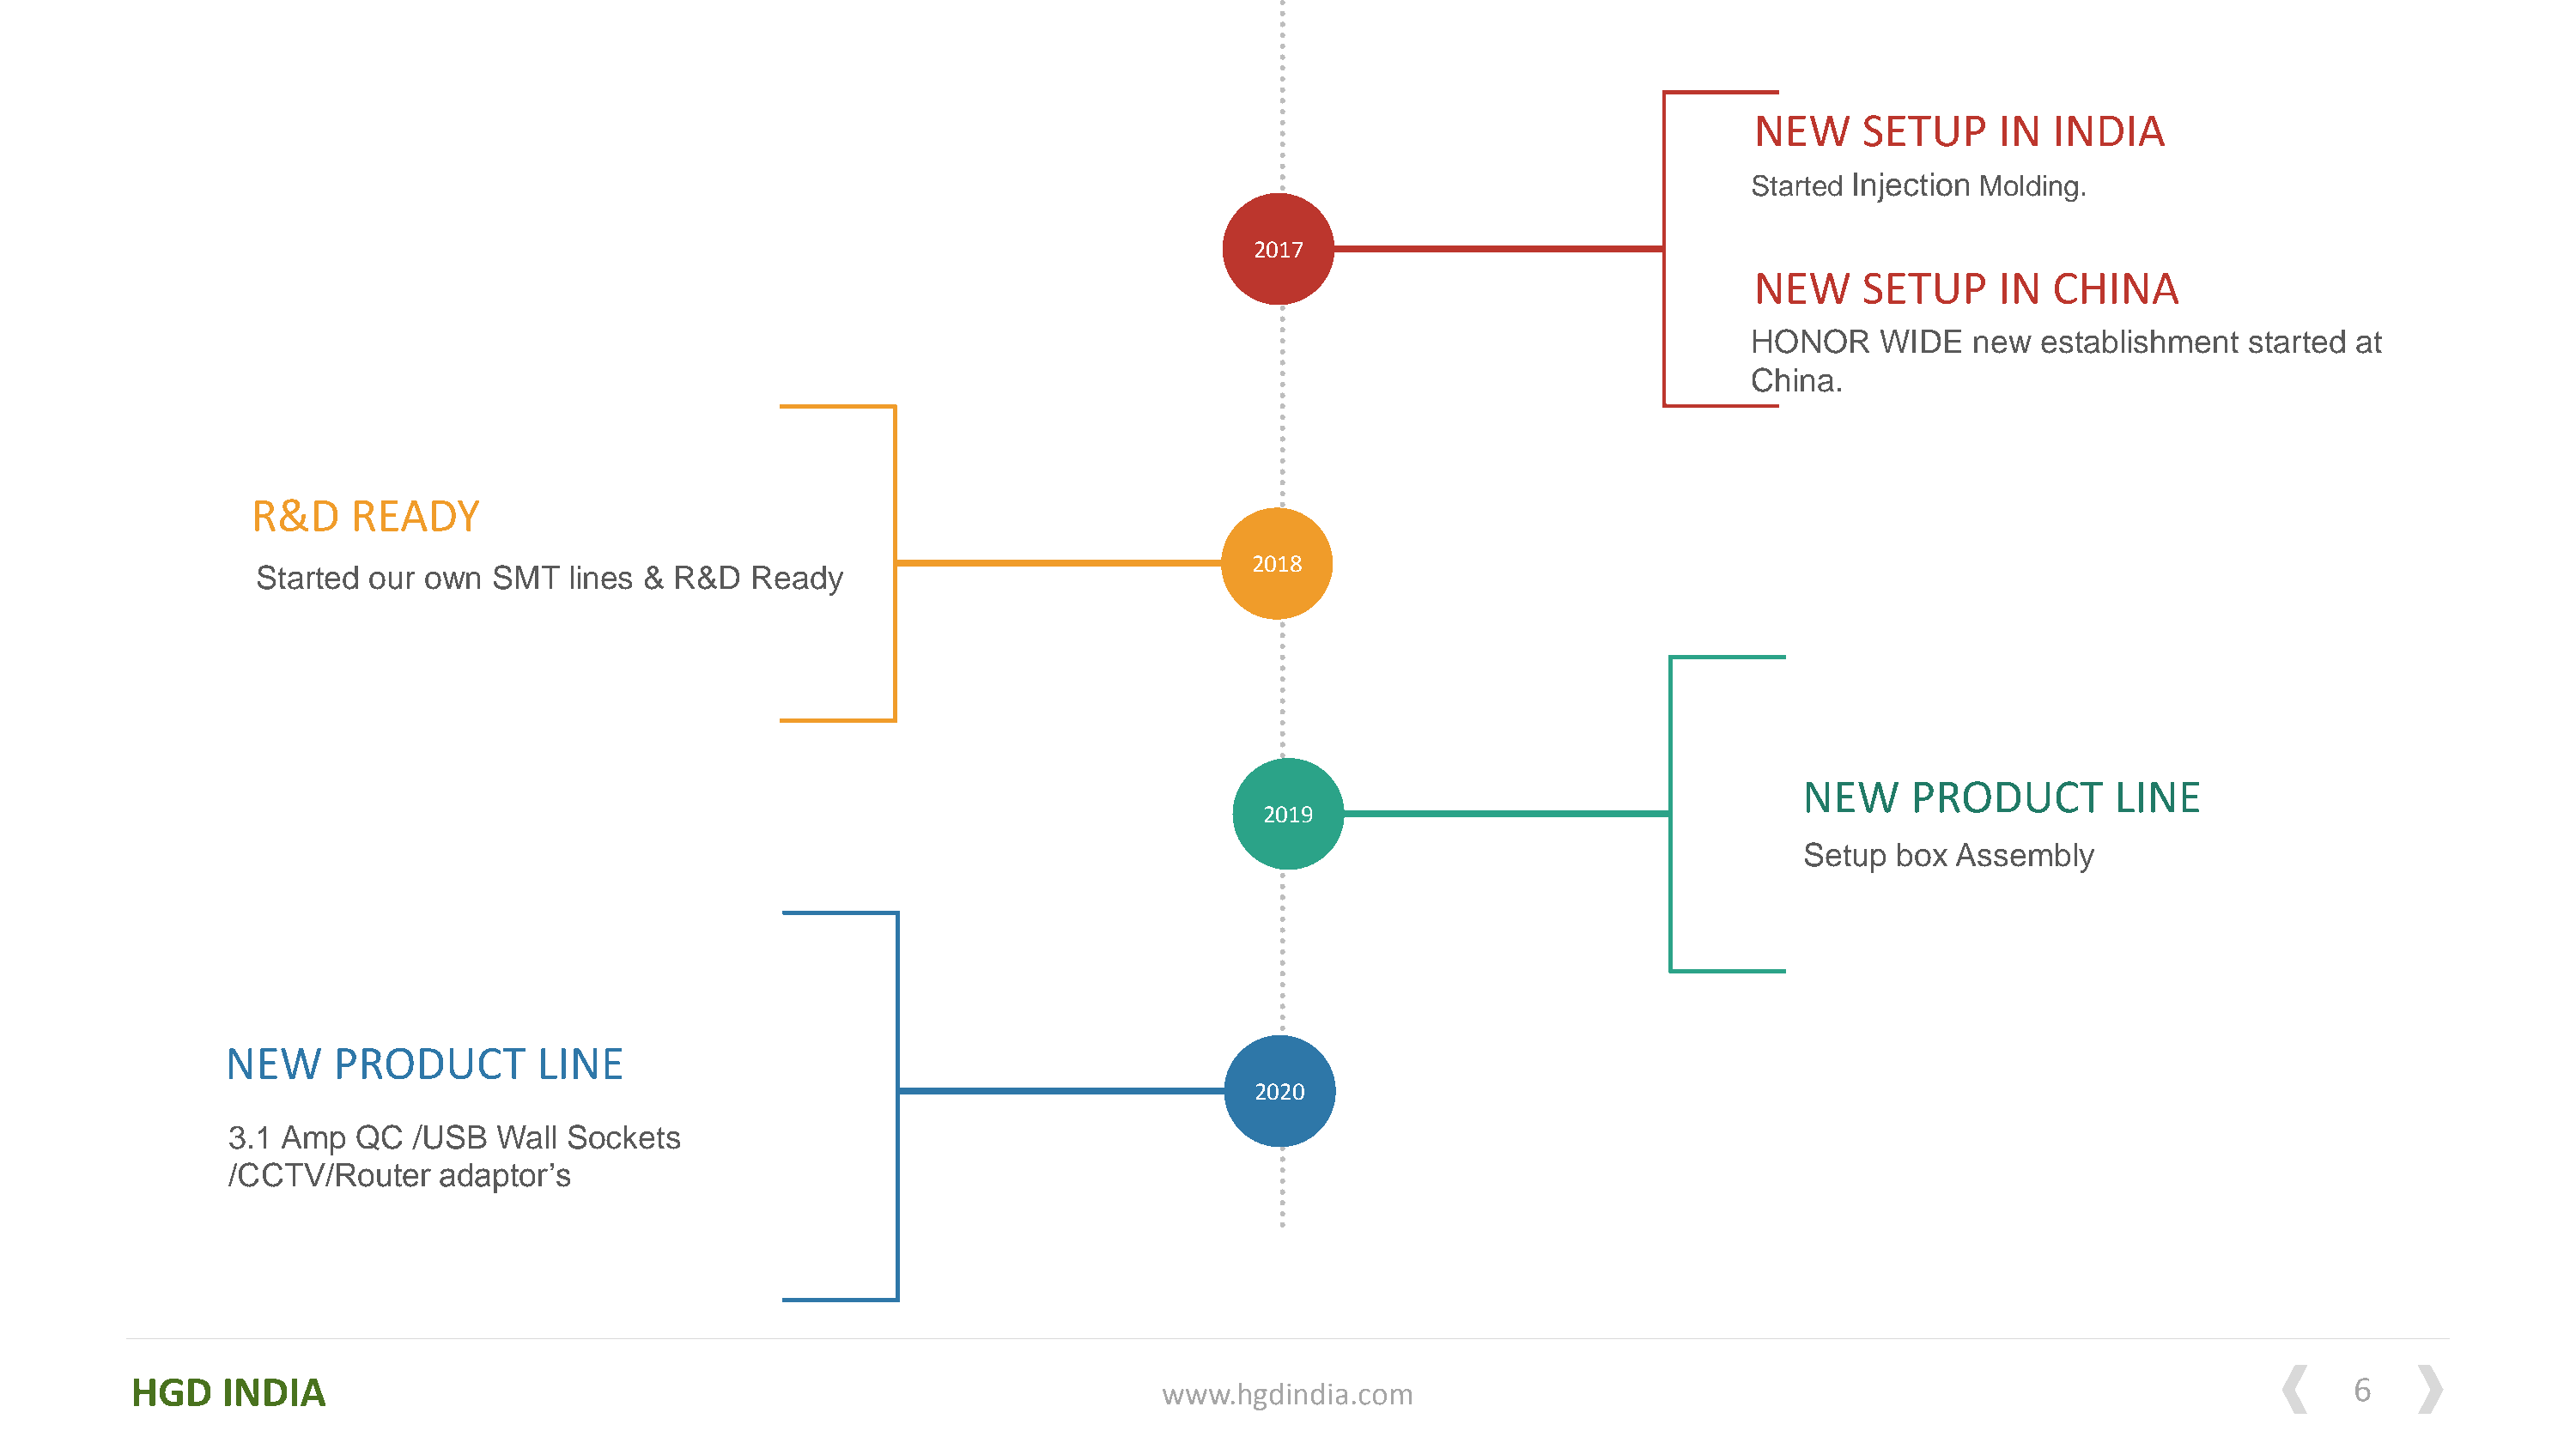
NEW      SETUP     IN  INDIA
 Started Injection Molding.
 2017
 NEW      SETUP     IN  CHINA
 HONOR     WIDE   new  establishment   started  at
 China.
 R&D     READY
 2018
 Started our  own  SMT   lines & R&D   Ready
 NEW     PRODUCT         LINE
 2019
 Setup  box  Assembly
 NEW      PRODUCT        LINE
 2020
 3.1 Amp  QC   /USB  Wall  Sockets
 /CCTV/Router    adaptor’s
 HGD    INDIA                                                                                                                                                               6
 www.hgdindia.com